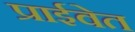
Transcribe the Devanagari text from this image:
प्राईवेत